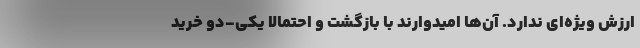
ارزش ویژه‌ای ندارد. آن‌ها امیدوارند با بازگشت و احتمالاً یکی-دو خرید